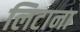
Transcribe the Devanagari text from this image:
लिटाना